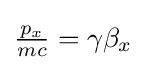
{\textstyle {\frac {p_{x}}{mc}}=\gamma \beta _{x}}